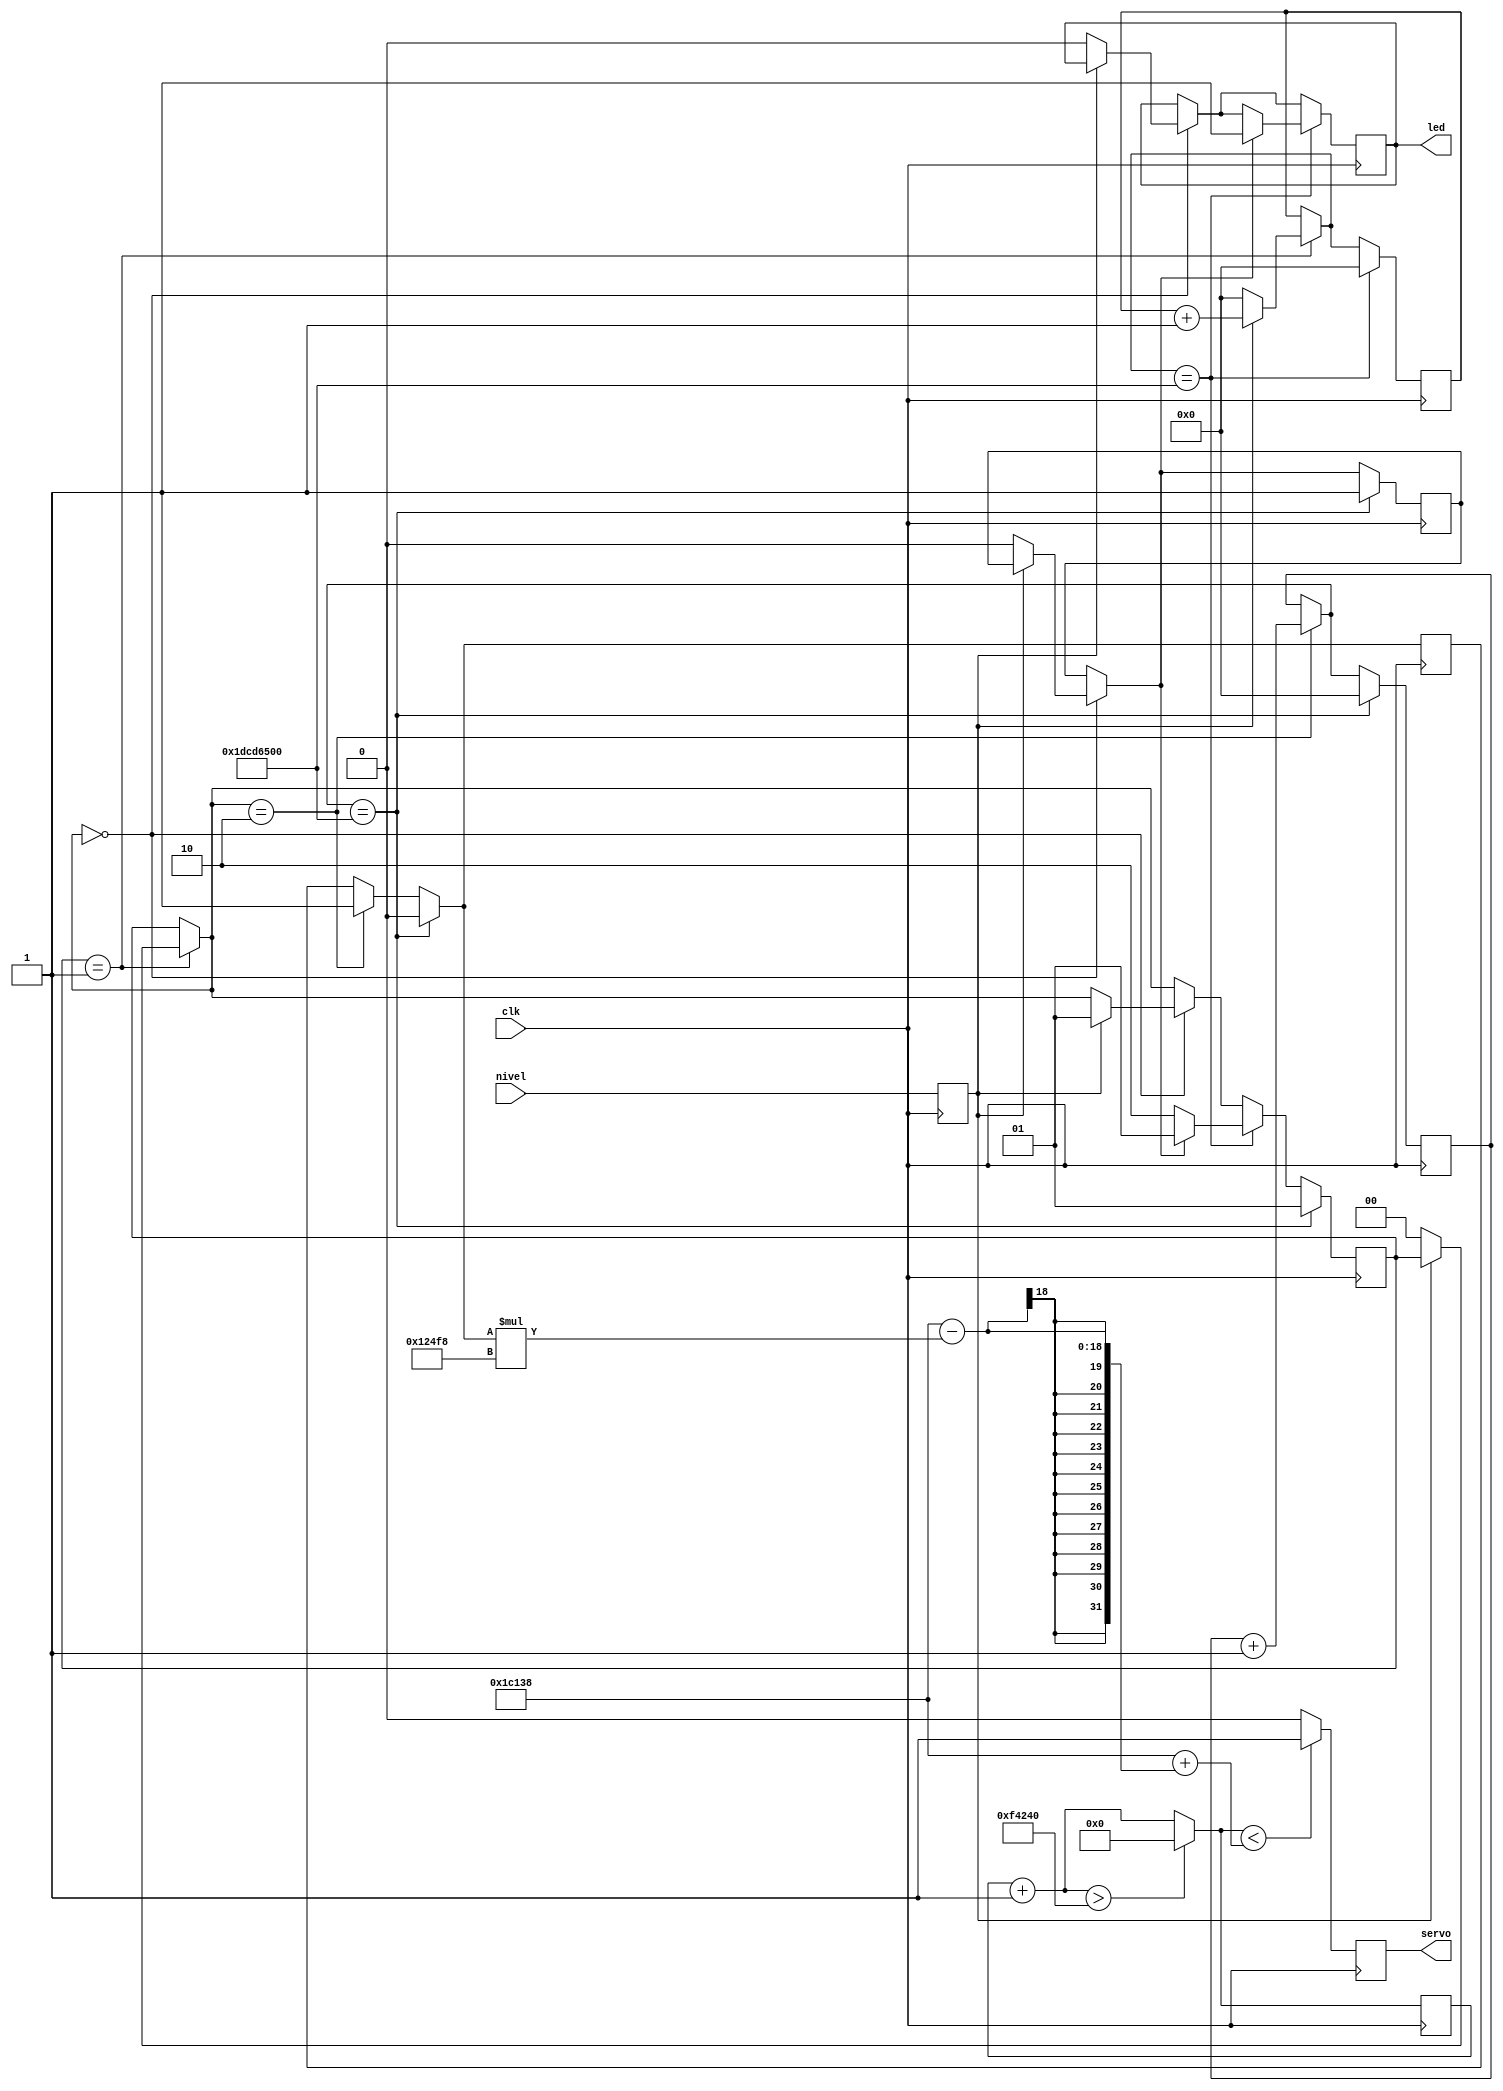
module proyecto(clk, nivel, led, servo);
input clk;		// seal de reloj
input nivel;		// seal sensor nivel
output reg led;		// salida al LED
output reg servo; 	// salida posicion servomotor
reg aux;		// Enciende una vez el servomotor se cierra, apaga cuando hay agua en el plato
reg [27:0] contador;	// Contador intervalos 10ms
reg [31:0] tiempoeval;	// Contador de tiempo de evaluacin sensor
reg [31:0] tiemposervo;	// Contador de tiempo de encendido del servomotor
reg [1:0] estado;	// Estado del dispositivo
reg estadoservo;	// Registro estado de posicion servomotor
reg estadoagua;		// Registro estado de nivel de agua medido
// Inicia el ciclo de reloj
always@(posedge clk)begin
	// Actualizar contador
	contador=contador + 1;			// Contar cada ciclo reloj
	if(contador>1_000_000)begin	
		contador=0; 			// Reiniciar contador cada 10ms
	end	
	// Modulo sensor nivel, revisar sensor nivel
	estadoagua <= nivel; // estadoagua = 1, no hay agua
	// Estados
	// Estado 1: evaluar estado plato de agua
	if(estado == 1) begin
		if(estadoagua == 1) begin	// Si aun no hay agua en el plato...
			tiempoeval = tiempoeval +1;	// ...contar tiempoeval
		end else begin			// Si hay agua en el plato...
			tiempoeval = 0;			// ...Resetear tiempoeval
			estado = 0;			// ...Ir a estado 0 el proximo ciclo
		end
	end
	
	
	// Estado 2: llenando el plato
	if(estado == 2)begin
		estadoservo = 1;			// "Abrir" el servomotor
		tiemposervo = tiemposervo +1;		// contar tiempo servo
	end
	// Estado 0: defecto, plato lleno
	if (estado == 0) begin	
		if(estadoagua == 1) begin	// Cuando se vacie el plato...
			estado = 1;			// ...pasar a estado 1 en el proximo ciclo
		end else begin			// Si el plato esta lleno...
			led = 0;			//...apagar el led
			aux = 0;			//...apagar auxiliar
		end
	end
	// Procesos controlados por contadores
	// Si pasan x segundos sin llenarse el plato
	if(tiempoeval == 500_000_000)begin
		tiempoeval = 0;			// Reiniciar tiempoeval
		if(aux == 1)begin		// Si el servomotor acababa de cerrarse...
			led = 1;			//...prender led
			estado = 1;			//...ir a estado 1 en la proxima etapa
		end else begin			// Si el servomotor an no se ha abierto
			estado = 2;			//...ir a estado 2 en la proxima etapa
		end
	end
	// Si pasan x segundos con el servomotor abierto
	if(tiemposervo == 500_000_000)begin
		estadoservo = 0;		// Cerrar el servomotor
		tiemposervo = 0;		// Reiniciar tiemposervo
		aux = 1;			// Inidcar que se acaba de cerrar el servomotor
		estado = 1;			// Pasar a estado 1
	end
	// Actualizar servomotor, modulo servomotor
	if(contador < (115_000+(115_000-(estadoservo*75_000))))begin
        servo=1;
    end else begin
        servo=0;
    end
end
endmodule